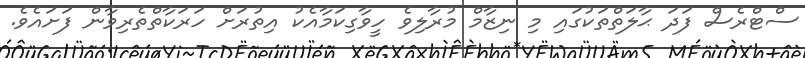
ސްޓްރެސް ފަދަ ޙާލަތްތަކުގައި މި ނިޒާމް މުރާލިވެ ހީވާގިކަމާއެކު އިތުރަށް ހަރަކާތްތެރިވާން ފަށައެވެ.